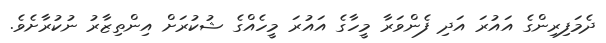
ދެމަފިރިންގެ އައުރަ އަދި ފެންވަރާ މީހާގެ އައުރަ މީހެއްގެ ޝުކުރަށް އިންތިޒާރު ނުކުރާށެވެ.